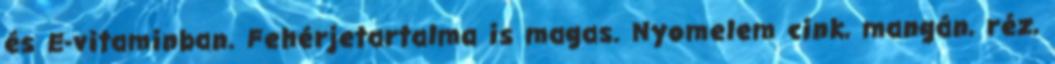
és E-vitaminban. Fehérjetartalma is magas. Nyomelem cink, mangán, réz,